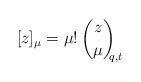
LaTeX: \begin{align*}[z]_{\mu} = \mu! \, \binom{z}{\mu}_{\!\!\!q,t} \end{align*}